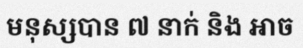
មនុស្សបាន ៧ នាក់ និង អាច